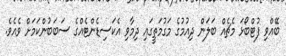
ބޭއްވި ފުޓްބޯޅަ މެޗެއް ބަލަން ދިއުމުގެ މަގުމަތީގައި ދިމާވި އެކަސިޑެންޓެއްގެ ސަބަބުންކަމަށް ވެއެވެ.